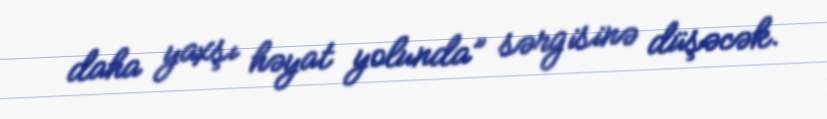
daha yaxşı həyat yolunda” sərgisinə düşəcək.